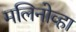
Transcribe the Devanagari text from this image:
मलिनोव्हा